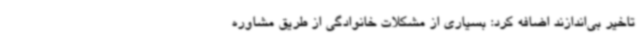
تاخیر بی‌اندازند اضافه کرد: بسیاری از مشکلات خانوادگی از طریق مشاوره